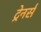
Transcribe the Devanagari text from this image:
ट्रेनर्स